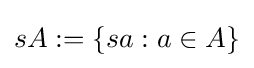
sA:=\{sa:a\in A\}